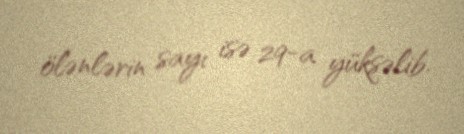
ölənlərin sayı isə 29-a yüksəlib.